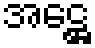
အဋ္ဌေ